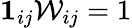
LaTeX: \mathbf{1}_{ij}\mathcal{W}_{ij}=1